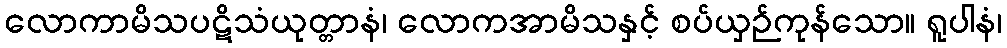
လောကာမိသပဋိသံယုတ္တာနံ၊ လောကအာမိသနှင့် စပ်ယှဉ်ကုန်သော။ ရူပါနံ၊